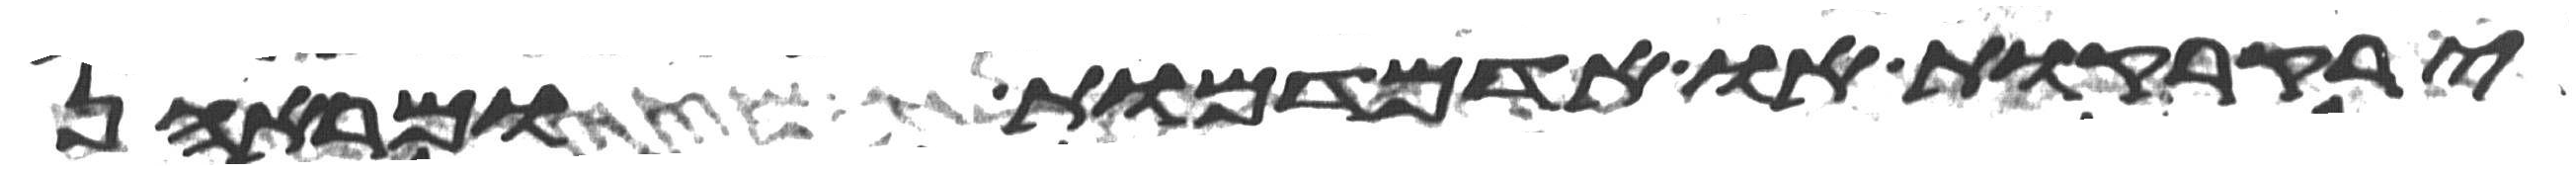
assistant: ירקרקות או אדמדמות ומראהן